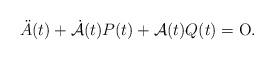
LaTeX: \begin{align*}\ddot{A}(t)+\dot{\mathcal{A}}(t)P(t)+\mathcal{A}(t)Q(t)={\rm O}. \end{align*}